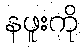
နဖူးကို